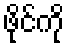
ဖိုင်ကို